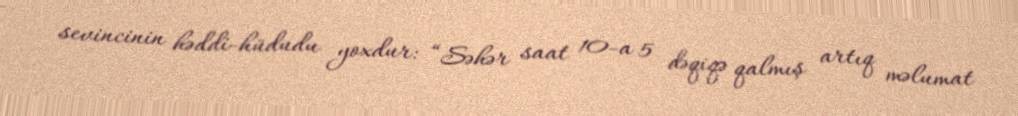
sevincinin həddi-hüdudu yoxdur: “Səhər saat 10-a 5 dəqiqə qalmış artıq məlumat